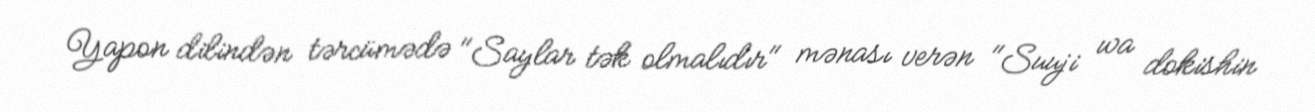
Yapon dilindən tərcümədə "Saylar tək olmalıdır" mənası verən "Suuji wa dokishin